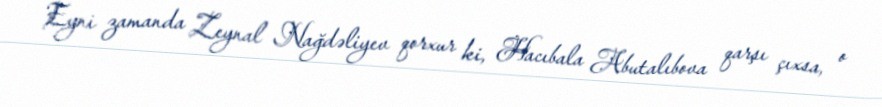
Eyni zamanda Zeynal Nağdəliyev qorxur ki, Hacıbala Abutalıbova qarşı çıxsa, o